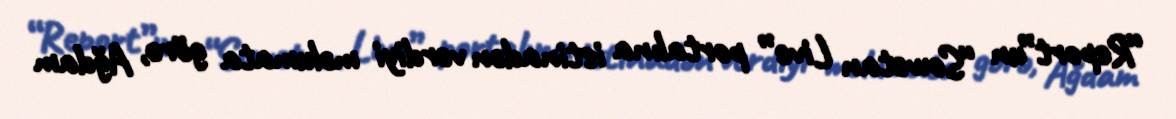
“Report”un “Sowetan Live” portalına istinadən verdiyi məlumata görə, Ağdam